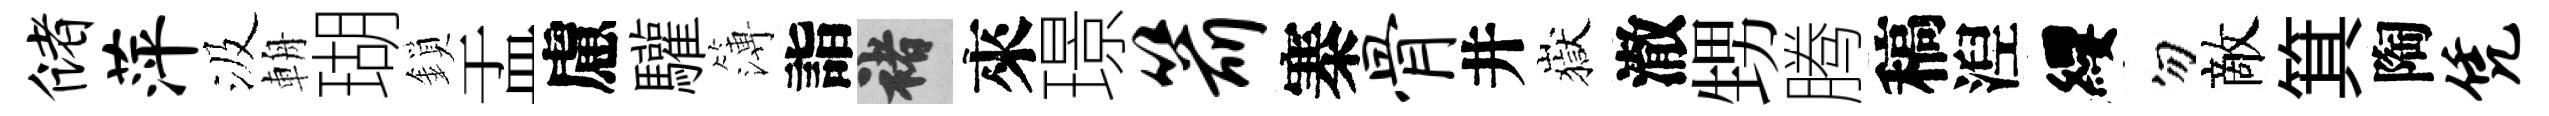
储萍汲輈瑚鎖盂慮驩簿詣褚來璟箭寨骨井嶽澈甥腾稿湼纓勿敵箕陶凭